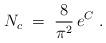
LaTeX: \begin{align*}N_c \;=\; \frac{8}{\pi^2} \, e^C \;.\end{align*}